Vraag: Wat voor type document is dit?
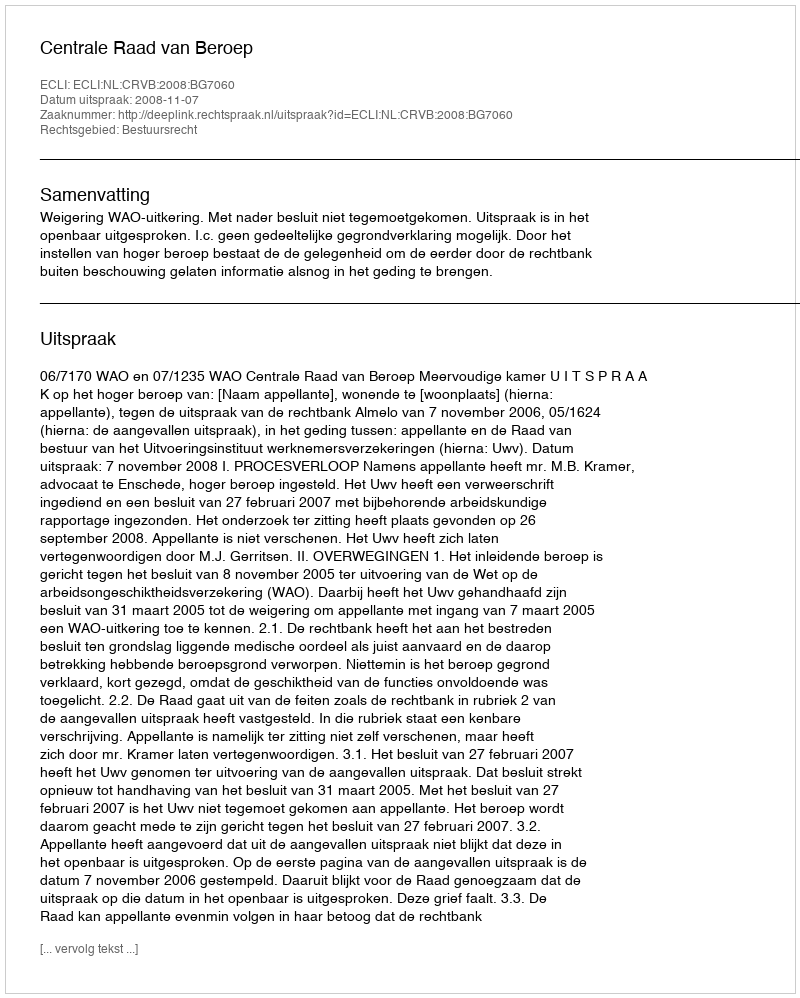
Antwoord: Uitspraak